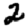
Digit: 2